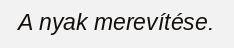
A nyak merevítése.